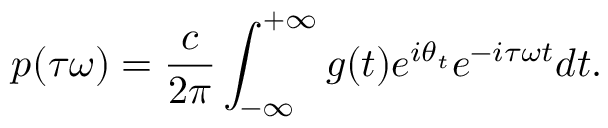
p ( \tau \omega ) = \frac { c } { 2 \pi } \int _ { - \infty } ^ { + \infty } g ( t ) e ^ { i \theta _ { t } } e ^ { - i \tau \omega t } d t .